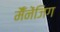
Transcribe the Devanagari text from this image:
मैँनेंजिग